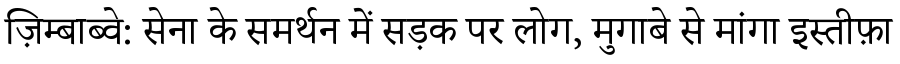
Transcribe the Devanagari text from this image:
ज़िम्बाब्वे: सेना के समर्थन में सड़क पर लोग, मुगाबे से मांगा इस्तीफ़ा